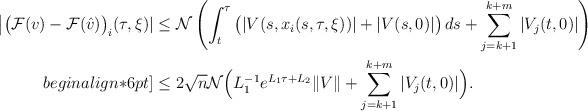
LaTeX: \begin{align*}\big| \big({\cal F}(v) - {\cal F}(\hat v) \big)_i(\tau, \xi)| & \le {\cal N} \left( \int_t^\tau \big( |V(s, x_i(s, \tau, \xi))| + |V(s, 0)| \big)\, ds + \sum_{j=k+1}^{k+m} | V_{j}(t, 0)| \right) \\begin{align*}6pt]& \le 2 \sqrt{n}{\cal N} \Big( L_1^{-1} e^{L_1 \tau + L_2} \| V \| + \sum_{j=k+1}^{k+m} | V_{j}(t, 0)| \Big).\end{align*}